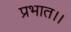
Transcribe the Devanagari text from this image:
प्रभात।।